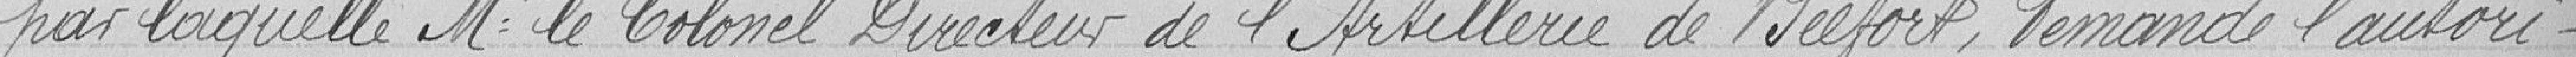
par laquelle Monsieur le Colonel Directeur de l'Artillerie de Belfort, demande l'autori-